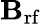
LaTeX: \mathbf{B}_{\mathrm{{rf}}}